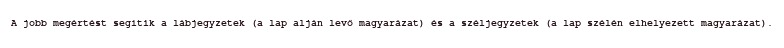
A jobb megértést segítik a lábjegyzetek (a lap alján levő magyarázat) és a széljegyzetek (a lap szélén elhelyezett magyarázat).